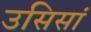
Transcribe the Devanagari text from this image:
उसिसां